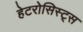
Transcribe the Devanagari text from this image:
हेटरोसिस्ट्स